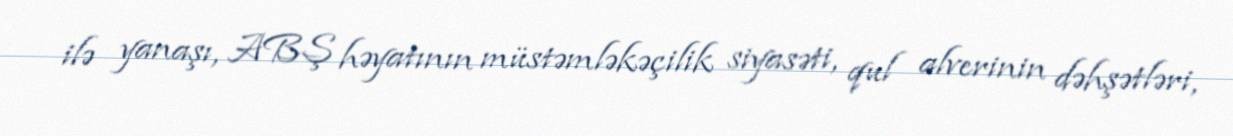
ilə yanaşı, ABŞ həyatının müstəmləkəçilik siyasəti, qul alverinin dəhşətləri,